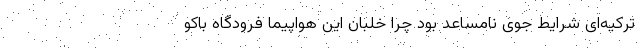
ترکیه‌ای شرایط جوی نامساعد بود چرا خلبان این هواپیما فرودگاه باکو